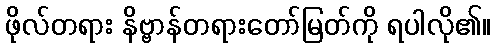
ဖိုလ်တရား နိဗ္ဗာန်တရားတော်မြတ်ကို ရပါလို၏။